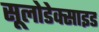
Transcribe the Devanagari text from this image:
सूलोडेक्साइड